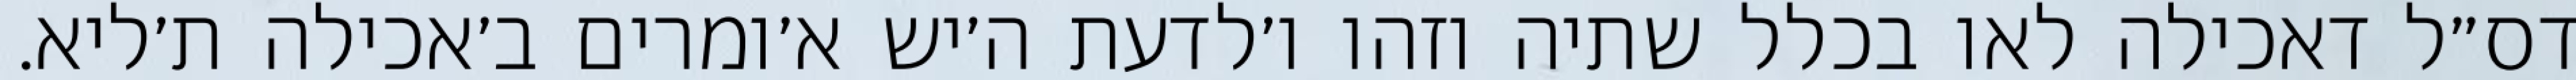
דס״ל דאכילה לאו בכלל שתיה וזהו ו׳לדעת ה׳יש א׳ומרים ב׳אכילה ת׳ליא.